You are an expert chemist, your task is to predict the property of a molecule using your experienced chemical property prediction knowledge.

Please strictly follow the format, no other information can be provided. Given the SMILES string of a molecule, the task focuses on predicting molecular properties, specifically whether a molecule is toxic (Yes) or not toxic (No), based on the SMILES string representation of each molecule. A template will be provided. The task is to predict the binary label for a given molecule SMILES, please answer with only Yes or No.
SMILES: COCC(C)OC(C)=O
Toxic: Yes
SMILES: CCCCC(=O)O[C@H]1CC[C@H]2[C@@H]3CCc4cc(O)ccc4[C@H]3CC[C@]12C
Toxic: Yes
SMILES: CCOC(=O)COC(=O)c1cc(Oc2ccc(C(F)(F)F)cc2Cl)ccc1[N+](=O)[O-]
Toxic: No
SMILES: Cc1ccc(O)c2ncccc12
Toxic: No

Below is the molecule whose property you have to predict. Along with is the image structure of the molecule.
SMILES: CCCCCCC(=O)c1ccccc1
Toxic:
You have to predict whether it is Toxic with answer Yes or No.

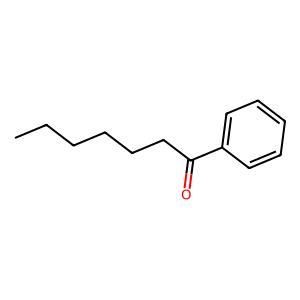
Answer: No